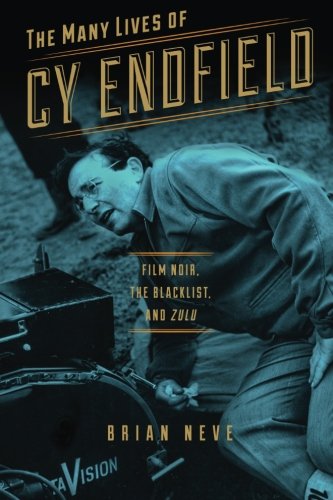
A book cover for The Many Lives of Cy Endfield: Film Noir, the Blacklist, and Zulu (Wisconsin Film Studies); Brian Neve; Biographies & Memoirs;